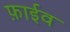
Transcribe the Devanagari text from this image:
फ़ाईव